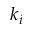
k _ { i }